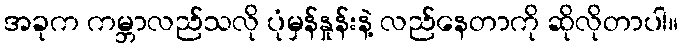
အခုက ကမ္ဘာလည်သလို ပုံမှန်နှုန်းနဲ့ လည်နေတာကို ဆိုလိုတာပါ။